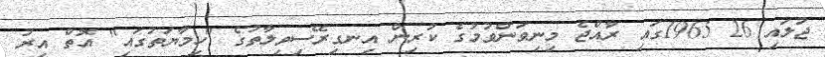
ޖުލައި 26 1965ގައި ރާއްޖެ މިނިވަންވުމުގެ ކުރިން އިނގިރޭސިވިލާތުގެ "ހިމާޔަތުގައި" އޮތް އިރު